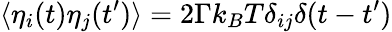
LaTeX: \langle\eta_{i}(t)\eta_{j}(t^{\prime})\rangle=2\Gamma k_{B}T\delta_{ij}\delta(t-t^{\prime})